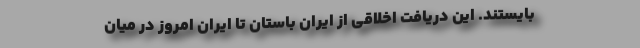
بایستند. این دریافت اخلاقی از ایران باستان تا ایران امروز در میان